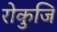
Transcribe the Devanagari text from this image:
रोकुजि